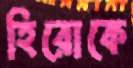
হিরোকে